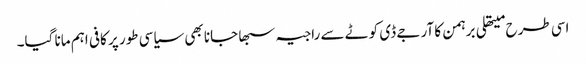
اسی طرح میتھلی برہمن کا آر جے ڈی کوٹے سے راجیہ سبھا جانا بھی سیاسی طور پر کافی اہم مانا گیا۔